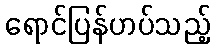
ရောင်ပြန်ဟပ်သည့်